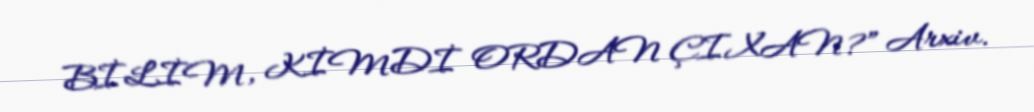
BİLİM, KİMDİ ORDAN ÇIXAN?” Arxiv.